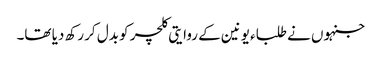
جنہوں نے طلباء یونین کے روایتی کلچر کو بدل کر رکھ دیا تھا۔